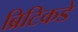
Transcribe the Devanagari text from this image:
ब्रिटिकडे